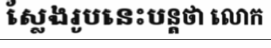
ស្លែងរូបនេះបន្តថា លោក